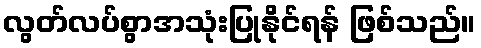
လွတ်လပ်စွာအသုံးပြုနိုင်ရန် ဖြစ်သည်။